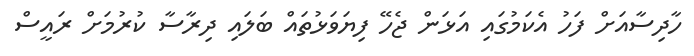
ހާދިސާއަށް ފަހު އެކަމުގައި އަޅަން ޖެހޭ ފިޔަވަޅުތައް ބަލައި ދިރާސާ ކުރުމަށް ރައީސް